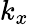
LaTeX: k_{x}